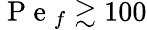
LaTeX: \mathrm{~P~e~}_{f}\gtrsim 100